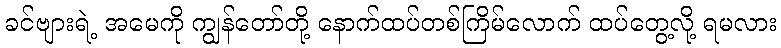
ခင်ဗျားရဲ့ အမေကို ကျွန်တော်တို့ နောက်ထပ်တစ်ကြိမ်လောက် ထပ်တွေ့လို့ ရမလား